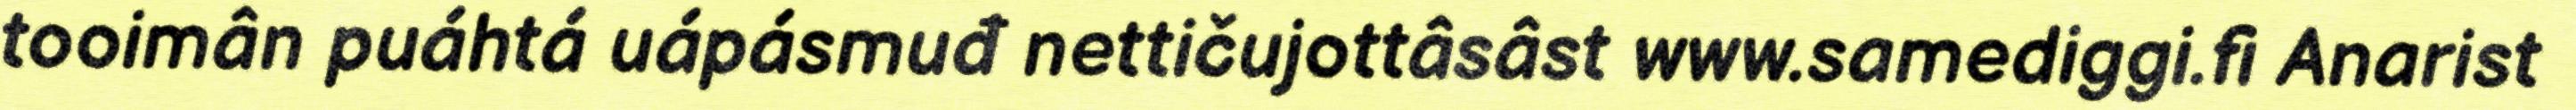
tooimân puáhtá uápásmuđ nettičujottâsâst www.samediggi.fi Anarist